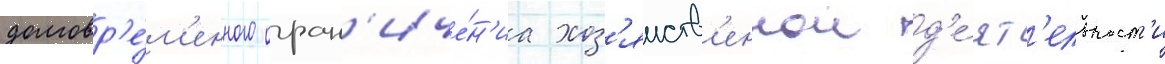
долговр'е́м'енного огран'иче́н'иа хоз'яиств'еннои д'е́ят'ельност'и